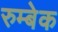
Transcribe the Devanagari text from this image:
रुम्बेक